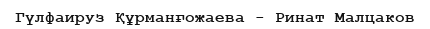
Гүлфаируз Құрманғожаева - Ринат Малцаков